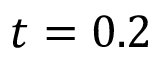
t = 0 . 2